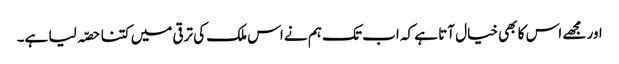
اور مجھے اس کا بھی خیال آتا ہے کہ اب تک ہم نے اس ملک کی ترقی میں کتنا حصّہ لیا ہے۔